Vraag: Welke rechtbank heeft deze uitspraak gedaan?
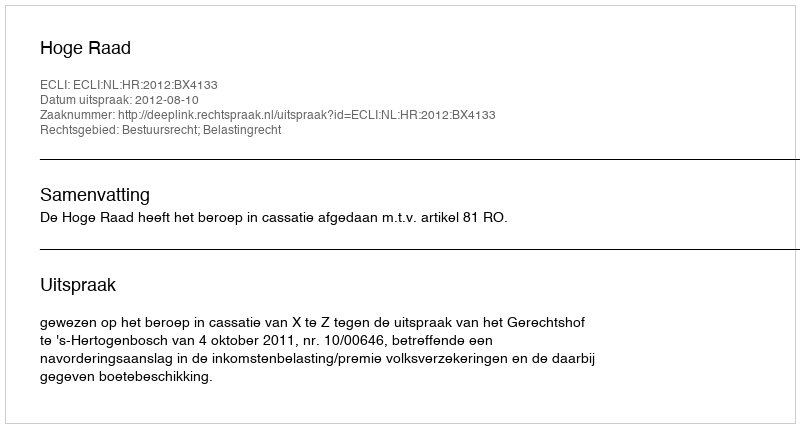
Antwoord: Hoge Raad